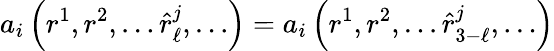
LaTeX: a_{i}\left(r^{1},r^{2},\dots\hat{r}_{\ell}^{j},\dots\right)=a_{i}\left(r^{1},r^{2},\dots\hat{r}_{3-\ell}^{j},\dots\right)